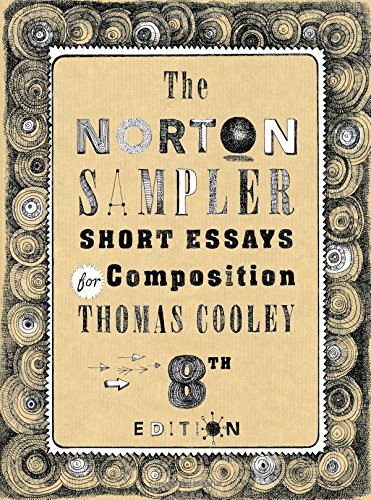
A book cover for The Norton Sampler: Short Essays for Composition (Eighth Edition); Thomas Cooley; Literature & Fiction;